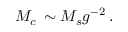
M _ { c } \, \sim M _ { s } g ^ { - 2 } \, .